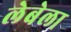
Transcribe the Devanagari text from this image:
लेबेला